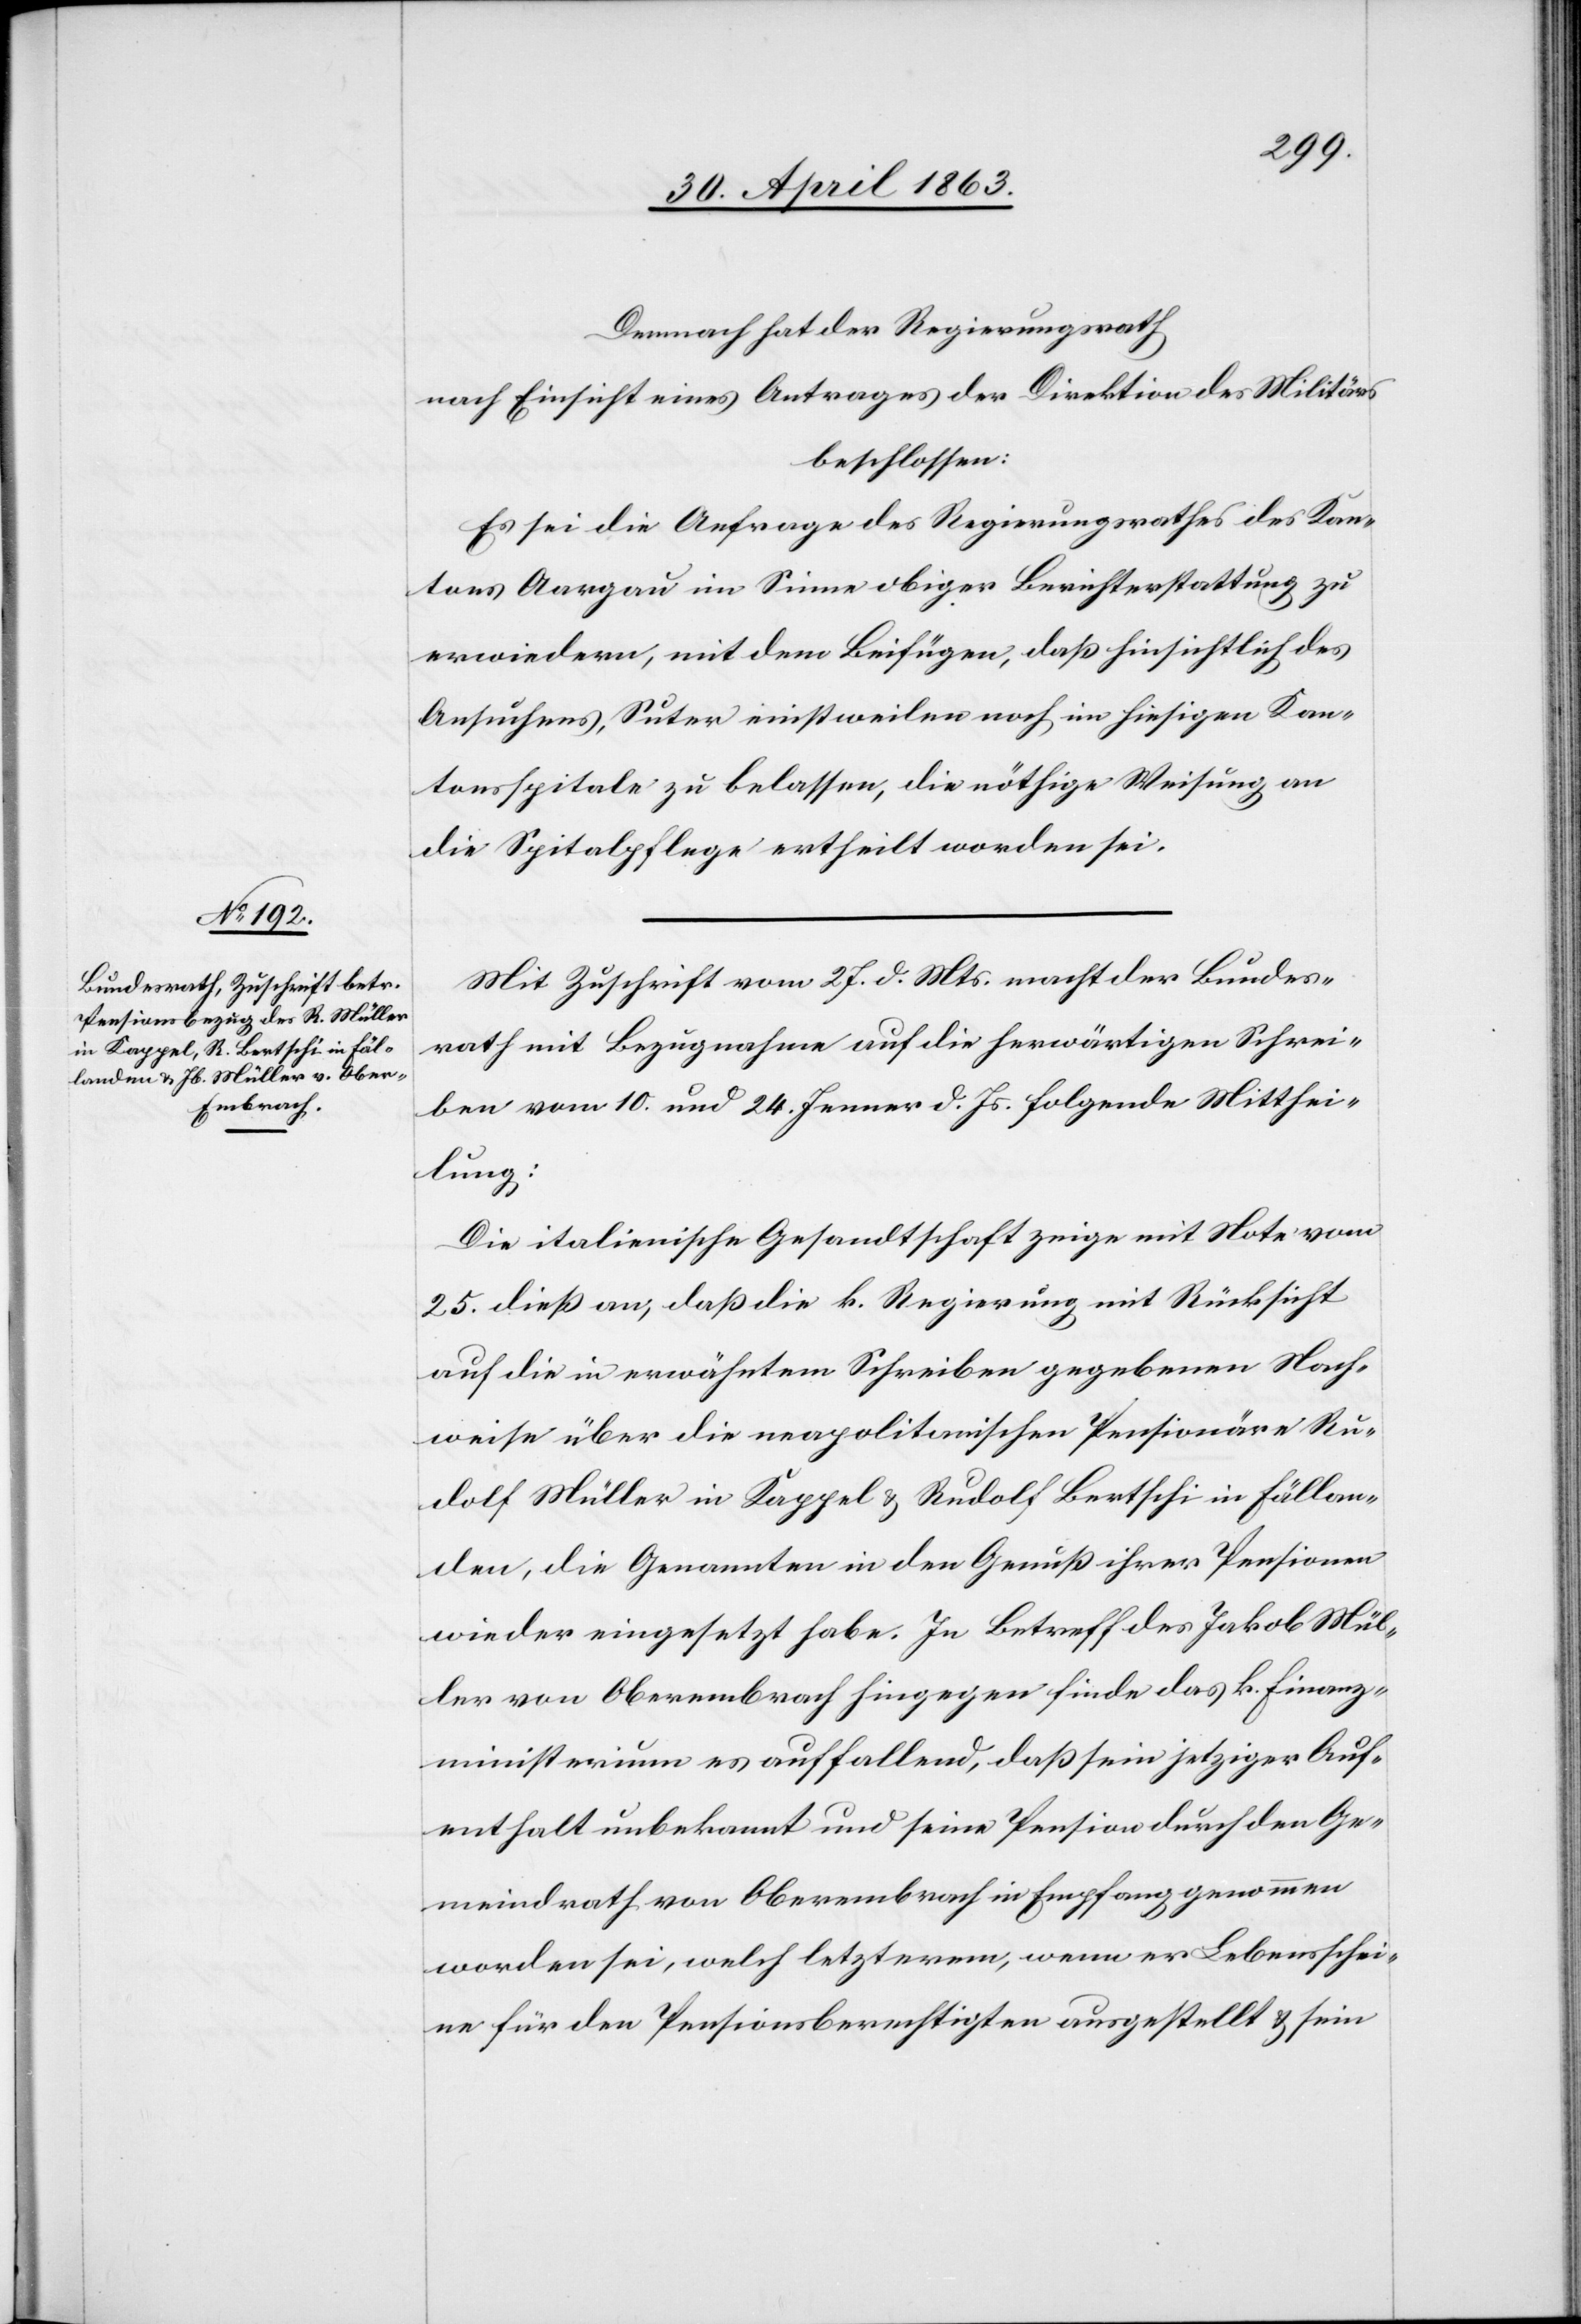
Demnach hat der Regierungsrath
nach Einsicht eines Antrages der Direktion des Militärs
beschlossen:
Es sei die Anfrage des Regierungsrathes des Kan¬
tons Aargau im Sinne obiger Berichterstattung zu
erwiedern, mit dem Beifügen, daß hinsichtlich des
Ansuchens, Suter einstweilen noch im hiesigen Kan¬
tonsspitale zu belassen, die nöthige Weisung an
die Spitalpflege ertheilt worden sei.
Mit Zuschrift vom 27. d. Mts. macht der Bundes¬
rath mit Bezugnahme auf die herwärtigen Schrei¬
ben vom 10. und 24. Jenner d. Js. folgende Mitthei¬
lung:
Die italienische Gesandtschaft zeige mit Note vom
25. dieß an, daß die k. Regierung mit Rücksicht
auf die in erwähntem Schreiben gegebenen Nach¬
weise über die neapolitanischen Pensionäre Ru¬
dolf Müller in Kappel & Rudolf Bertschi in Fällan¬
den, die Genannten in den Genuß ihrer Pensionen
wieder eingesetzt habe. In Betreff des Jakob Mül¬
ler von Oberembrach hingegen finde das k. Finanz¬
ministerium es auffallend, daß sein jetziger Auf¬
enthalt unbekannt und seine Pension durch den Ge¬
meindrath von Oberembrach in Empfang genommen
worden sei, welch letzterem, wenn er Lebensschei¬
ne für den Pensionsberechtigten ausgestellt & sein